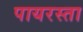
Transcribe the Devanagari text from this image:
पायरस्ता